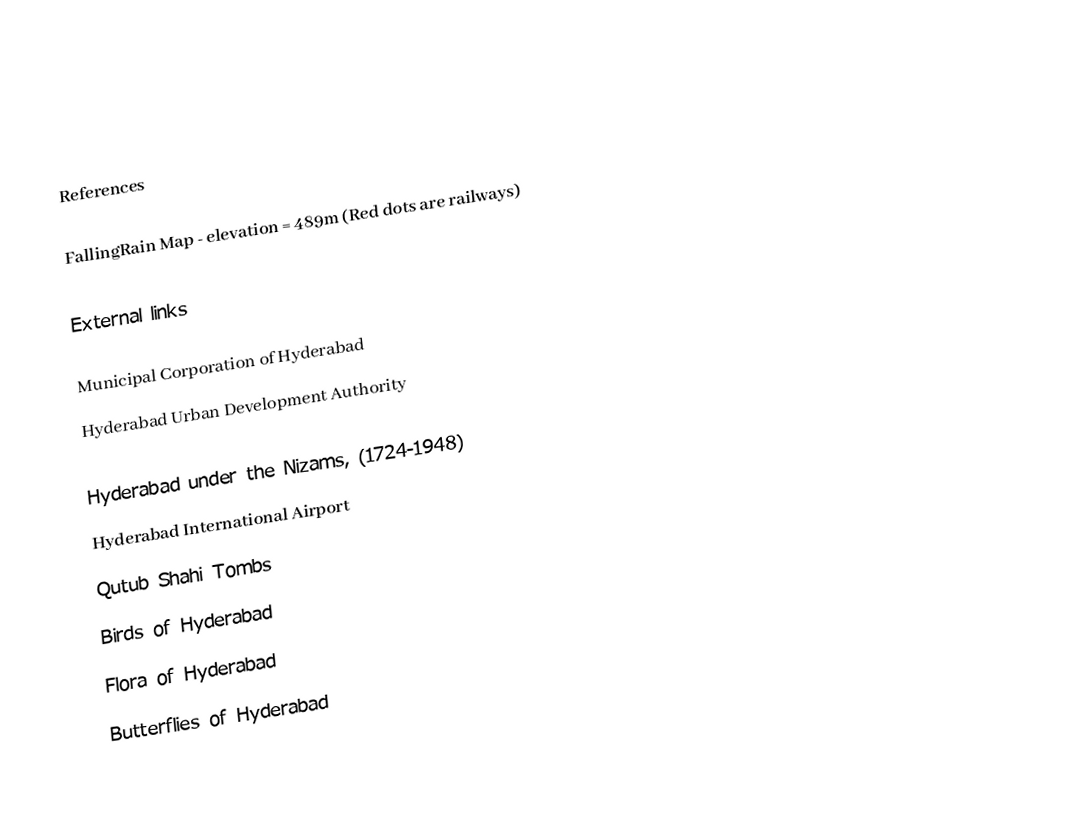

References

 FallingRain Map - elevation = 489m (Red dots are railways)

External links

 Municipal Corporation of Hyderabad
 Hyderabad Urban Development Authority

 Hyderabad under the Nizams, (1724-1948)
 Hyderabad International Airport
 Qutub Shahi Tombs
 Birds of Hyderabad
 Flora of Hyderabad
 Butterflies of Hyderabad